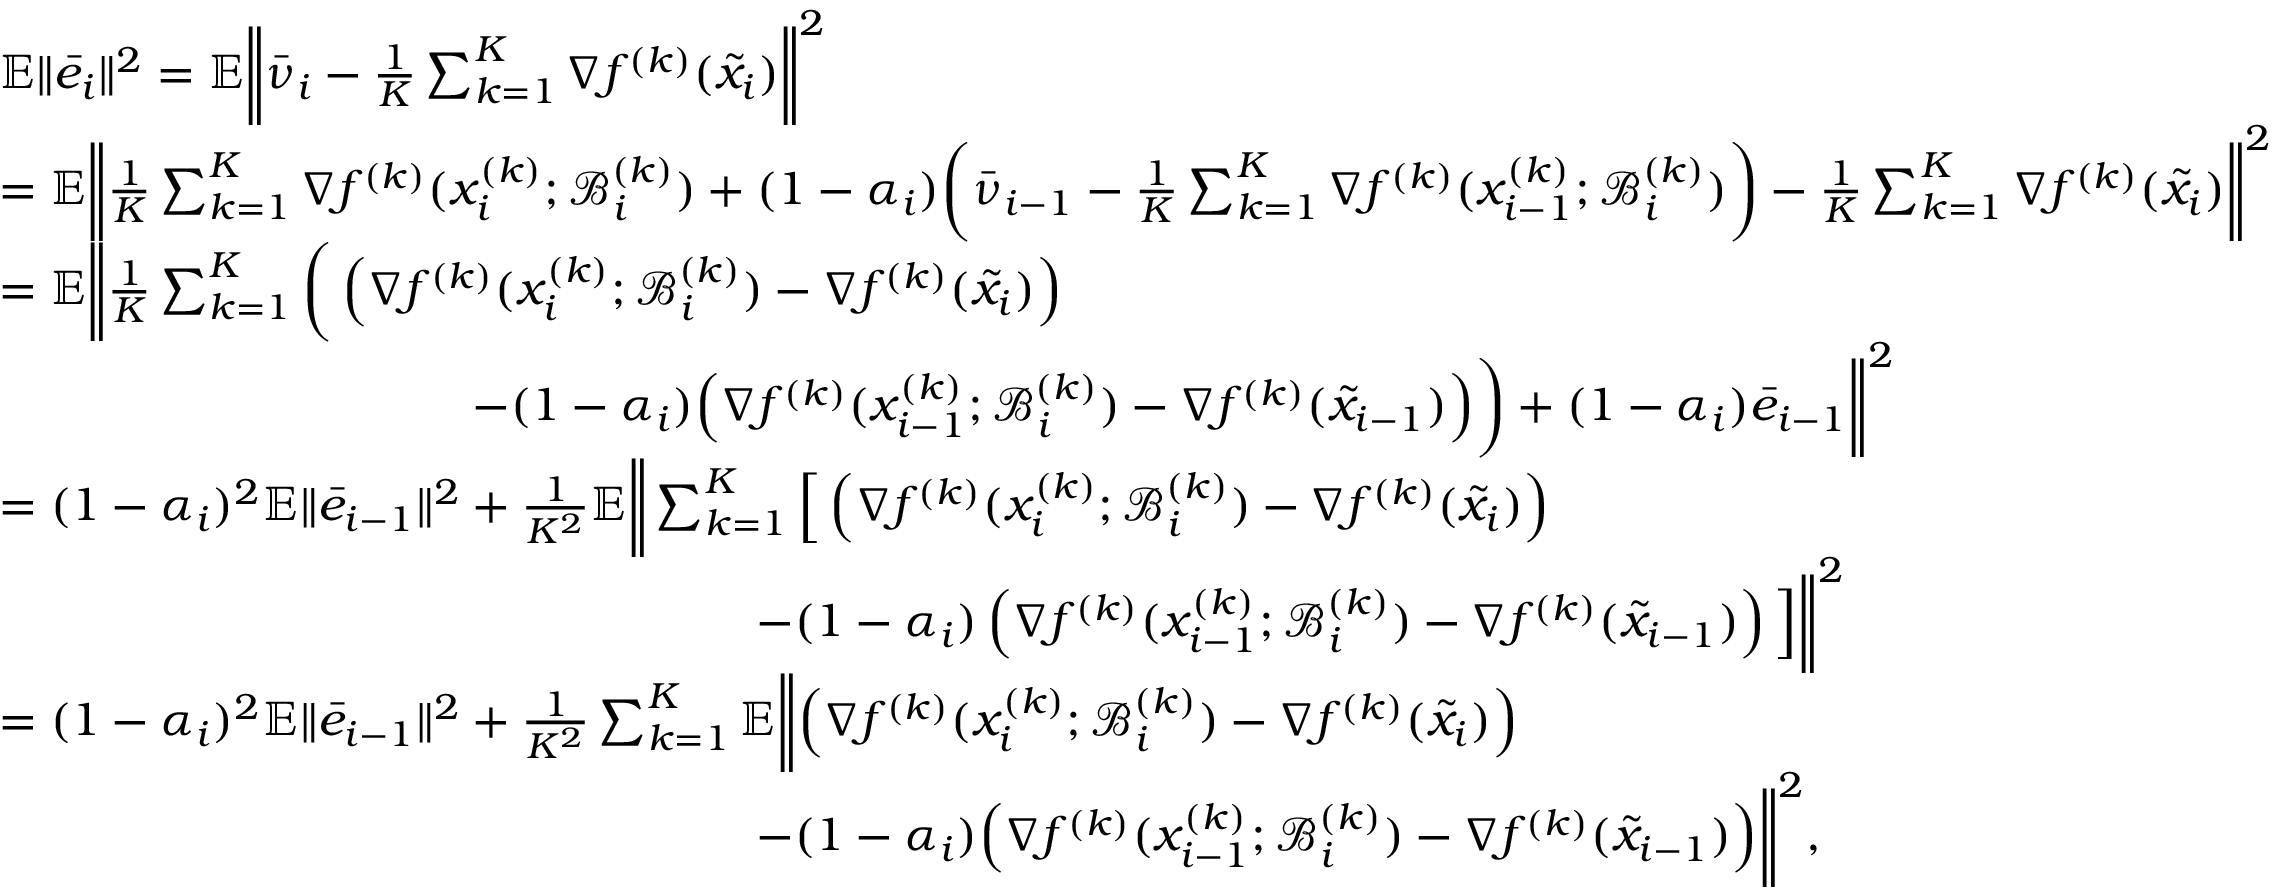
\begin{array} { r l } & { \mathbb { E } \| \bar { e } _ { i } \| ^ { 2 } = \mathbb { E } \bigg \| \bar { \nu } _ { i } - \frac { 1 } { K } \sum _ { k = 1 } ^ { K } \nabla f ^ { ( k ) } ( \tilde { x } _ { i } ) \bigg \| ^ { 2 } } \\ & { = \mathbb { E } \bigg \| \frac { 1 } { K } \sum _ { k = 1 } ^ { K } \nabla f ^ { ( k ) } ( x _ { i } ^ { ( k ) } ; \mathcal { B } _ { i } ^ { ( k ) } ) + ( 1 - \alpha _ { i } ) \bigg ( \bar { \nu } _ { i - 1 } - \frac { 1 } { K } \sum _ { k = 1 } ^ { K } \nabla f ^ { ( k ) } ( x _ { i - 1 } ^ { ( k ) } ; \mathcal { B } _ { i } ^ { ( k ) } ) \bigg ) - \frac { 1 } { K } \sum _ { k = 1 } ^ { K } \nabla f ^ { ( k ) } ( \tilde { x } _ { i } ) \bigg \| ^ { 2 } } \\ & { = \mathbb { E } \bigg \| \frac { 1 } { K } \sum _ { k = 1 } ^ { K } \bigg ( \left( \nabla f ^ { ( k ) } ( x _ { i } ^ { ( k ) } ; \mathcal { B } _ { i } ^ { ( k ) } ) - \nabla f ^ { ( k ) } ( \tilde { x } _ { i } ) \right) } \\ & { \qquad \qquad \qquad \qquad \qquad - ( 1 - \alpha _ { i } ) \Big ( \nabla f ^ { ( k ) } ( x _ { i - 1 } ^ { ( k ) } ; \mathcal { B } _ { i } ^ { ( k ) } ) - \nabla f ^ { ( k ) } ( \tilde { x } _ { i - 1 } ) \Big ) \bigg ) + ( 1 - \alpha _ { i } ) \bar { e } _ { i - 1 } \bigg \| ^ { 2 } } \\ & { = ( 1 - \alpha _ { i } ) ^ { 2 } \mathbb { E } \| \bar { e } _ { i - 1 } \| ^ { 2 } + \frac { 1 } { K ^ { 2 } } \mathbb { E } \bigg \| \sum _ { k = 1 } ^ { K } \Big [ \left( \nabla f ^ { ( k ) } ( x _ { i } ^ { ( k ) } ; \mathcal { B } _ { i } ^ { ( k ) } ) - \nabla f ^ { ( k ) } ( \tilde { x } _ { i } ) \right) } \\ & { \qquad \qquad \qquad \qquad \qquad \qquad \qquad \qquad - ( 1 - \alpha _ { i } ) \left( \nabla f ^ { ( k ) } ( x _ { i - 1 } ^ { ( k ) } ; \mathcal { B } _ { i } ^ { ( k ) } ) - \nabla f ^ { ( k ) } ( \tilde { x } _ { i - 1 } ) \right) \Big ] \bigg \| ^ { 2 } } \\ & { = ( 1 - \alpha _ { i } ) ^ { 2 } \mathbb { E } \| \bar { e } _ { i - 1 } \| ^ { 2 } + \frac { 1 } { K ^ { 2 } } \sum _ { k = 1 } ^ { K } \mathbb { E } \bigg \| \Big ( \nabla f ^ { ( k ) } ( x _ { i } ^ { ( k ) } ; \mathcal { B } _ { i } ^ { ( k ) } ) - \nabla f ^ { ( k ) } ( \tilde { x } _ { i } ) \Big ) } \\ & { \qquad \qquad \qquad \qquad \qquad \qquad \qquad \qquad - ( 1 - \alpha _ { i } ) \Big ( \nabla f ^ { ( k ) } ( x _ { i - 1 } ^ { ( k ) } ; \mathcal { B } _ { i } ^ { ( k ) } ) - \nabla f ^ { ( k ) } ( \tilde { x } _ { i - 1 } ) \Big ) \bigg \| ^ { 2 } , } \end{array}